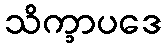
သိက္ခာပဒေ